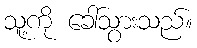
သူ့ကို ခေါ်သွားသည်။